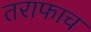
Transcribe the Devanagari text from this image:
तराफाच